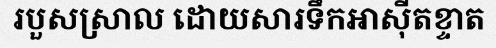
របួសស្រាល ដោយសារទឹកអាស៊ីតខ្ទាត